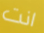
انت